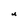
Character: u